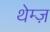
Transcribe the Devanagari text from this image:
थेम्ज़